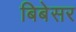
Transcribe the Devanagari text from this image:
बिबेसर